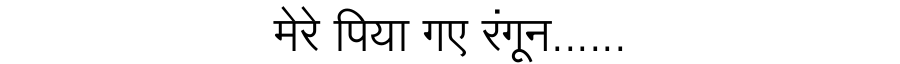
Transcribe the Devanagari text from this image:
मेरे पिया गए रंगून......